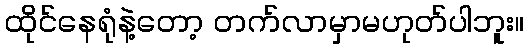
ထိုင်နေရုံနဲ့တော့ တက်လာမှာမဟုတ်ပါဘူး။